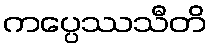
ကပ္ပေဿသီတိ